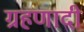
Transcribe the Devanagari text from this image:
ग्रहणादी